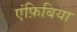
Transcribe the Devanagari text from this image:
एंफ़िबिया